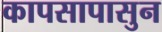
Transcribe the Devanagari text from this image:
कापसापासुन